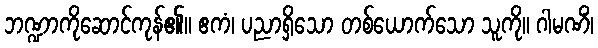
ဘဏ္ဍာကိုဆောင်ကုန်၏။ ဧကံ၊ ပညာရှိသော တစ်ယောက်သော သူကို။ ဂါမဏိံ၊